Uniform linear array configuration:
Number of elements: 12
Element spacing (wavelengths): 0.25
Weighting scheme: hamming
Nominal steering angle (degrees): -45
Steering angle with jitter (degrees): -45.878
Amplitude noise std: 0.05
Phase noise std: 0.05

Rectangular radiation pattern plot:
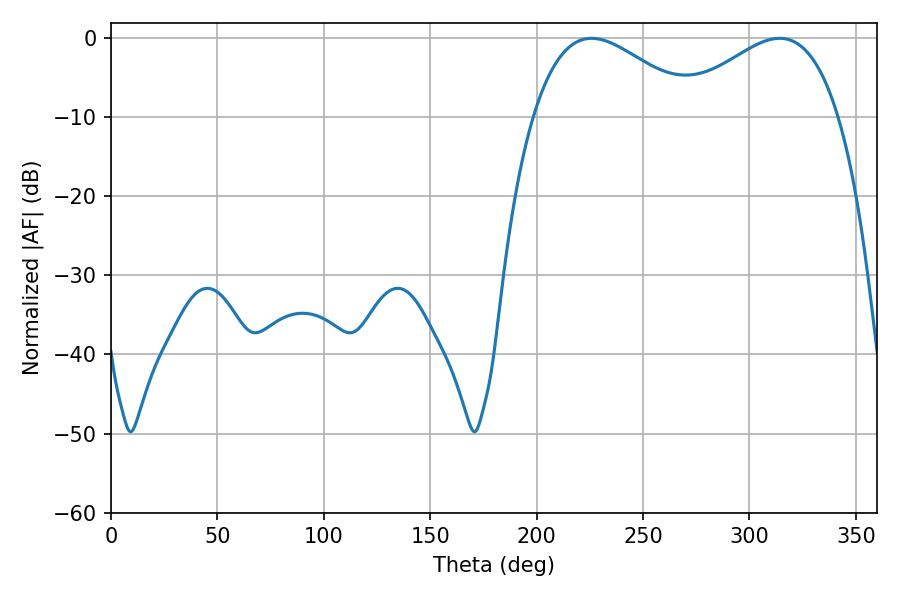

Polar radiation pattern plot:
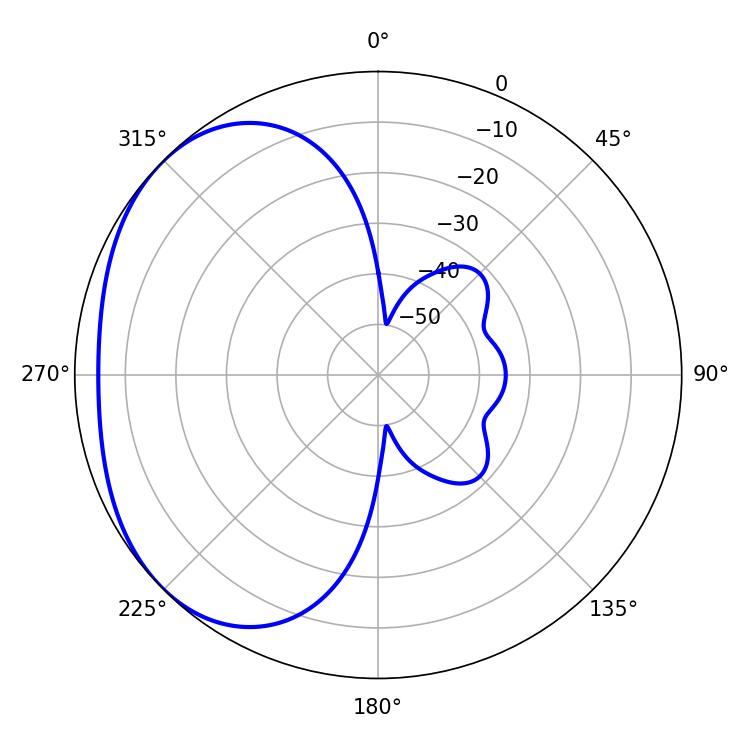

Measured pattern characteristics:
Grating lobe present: FALSE
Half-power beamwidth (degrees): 41.58
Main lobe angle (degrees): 225.9